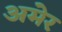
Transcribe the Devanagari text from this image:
अमेर